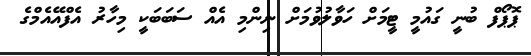
ޕޮޕޯފް ބުނީ ގައުމީ ޓީމަށް ހަވާލުވުމަށް ނިންމި އެއް ސަބަބަކީ މިހާރު އެފްއޭއެމްގެ